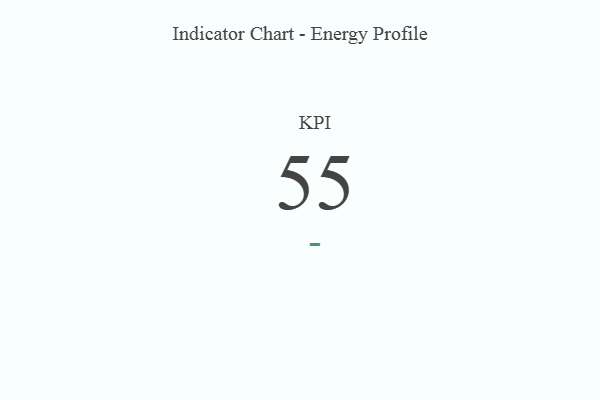
{"axis": {"x": "KPI", "y": "Value"}, "legend": [""], "data": [{"x": "KPI", "y": 55, "type": ""}]}